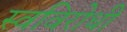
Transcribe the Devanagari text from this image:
स्वविरोधी